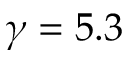
\gamma = 5 . 3